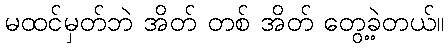
မထင်မှတ်ဘဲ အိတ် တစ် အိတ် တွေ့ခဲ့တယ်။